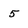
Character: 5